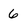
Character: 6